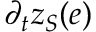
\partial _ { t } z _ { S } ( e )